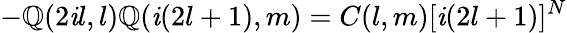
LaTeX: -\mathbb{Q}(2\mathit{i}l,l)\mathbb{Q}(\mathit{i}(2l+1),m)=C(l,m)[\mathit{i}(2l+1)]^{N}